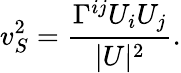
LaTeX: v_{S}^{2}=\frac{\Gamma^{ij}U_{i}U_{j}}{|U|^{2}}.